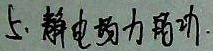
5. 静电场力做功.